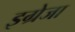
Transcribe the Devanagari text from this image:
इग्रेजा